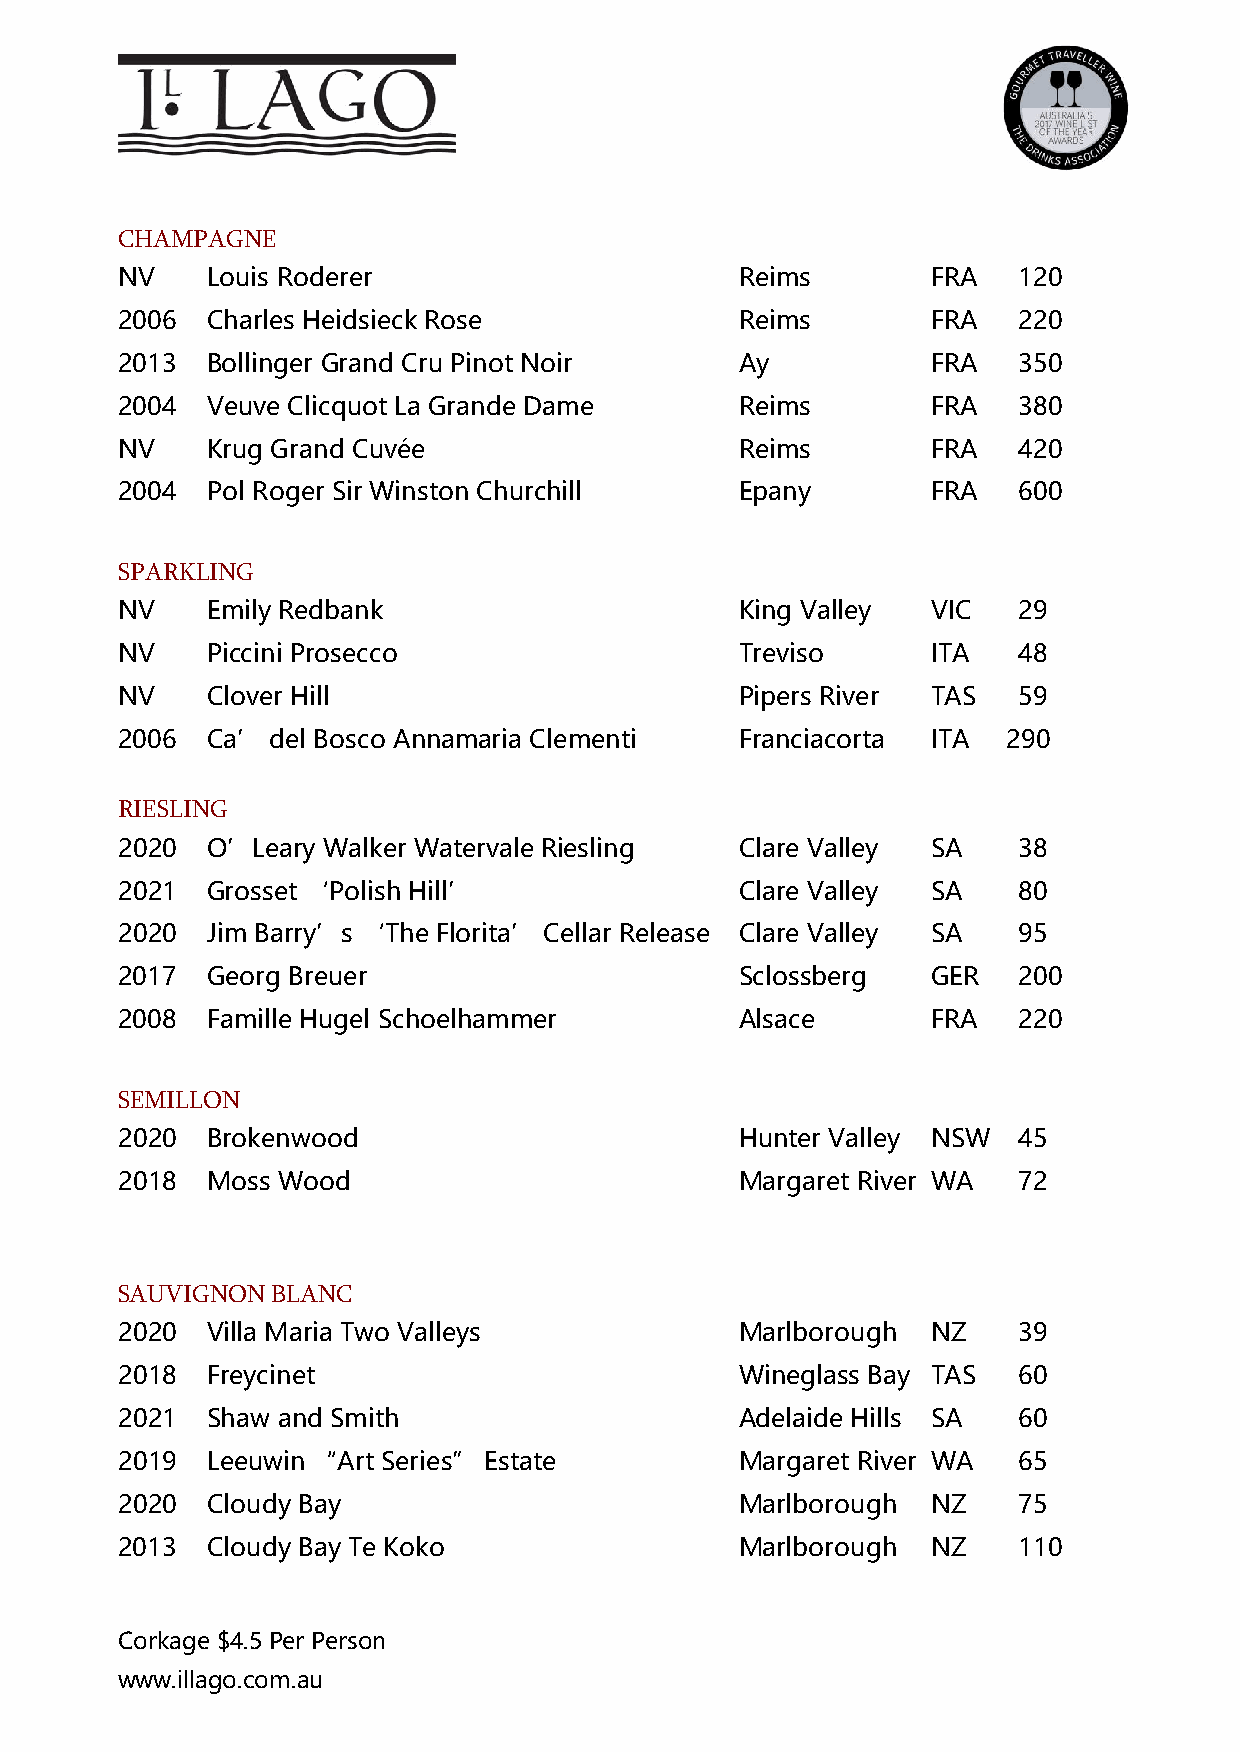
CHAMPAGNE
 NV    Louis Roderer                      Reims        FRA  120
 2006  Charles Heidsieck Rose             Reims        FRA  220
 2013  Bollinger Grand Cru Pinot Noir     Ay           FRA  350
 2004  Veuve Clicquot La Grande Dame      Reims        FRA  380
 NV    Krug Grand Cuvée                   Reims        FRA  420
 2004  Pol Roger Sir Winston Churchill    Epany        FRA  600
 SPARKLING
 NV    Emily Redbank                      King Valley  VIC  29
 NV    Piccini Prosecco                   Treviso      ITA  48
 NV    Clover Hill                        Pipers River TAS  59
 2006  Ca’ del Bosco Annamaria Clementi   Franciacorta ITA  290
 RIESLING
 2020  O’Leary Walker Watervale Riesling  Clare Valley SA   38
 2021  Grosset ‘Polish Hill’              Clare Valley SA   80
 2020  Jim Barry’s ‘The Florita’ Cellar Release Clare Valley SA 95
 2017  Georg Breuer                       Sclossberg   GER  200
 2008  Famille Hugel Schoelhammer         Alsace       FRA  220
 SEMILLON
 2020  Brokenwood                         Hunter Valley NSW 45
 2018  Moss Wood                          Margaret River WA 72
 SAUVIGNON BLANC
 2020  Villa Maria Two Valleys            Marlborough  NZ   39
 2018  Freycinet                          Wineglass Bay TAS 60
 2021  Shaw and Smith                     Adelaide Hills SA 60
 2019  Leeuwin “Art Series” Estate        Margaret River WA 65
 2020  Cloudy Bay                         Marlborough  NZ   75
 2013  Cloudy Bay Te Koko                 Marlborough  NZ   110
 Corkage $4.5 Per Person
 www.illago.com.au